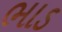
ભાડ